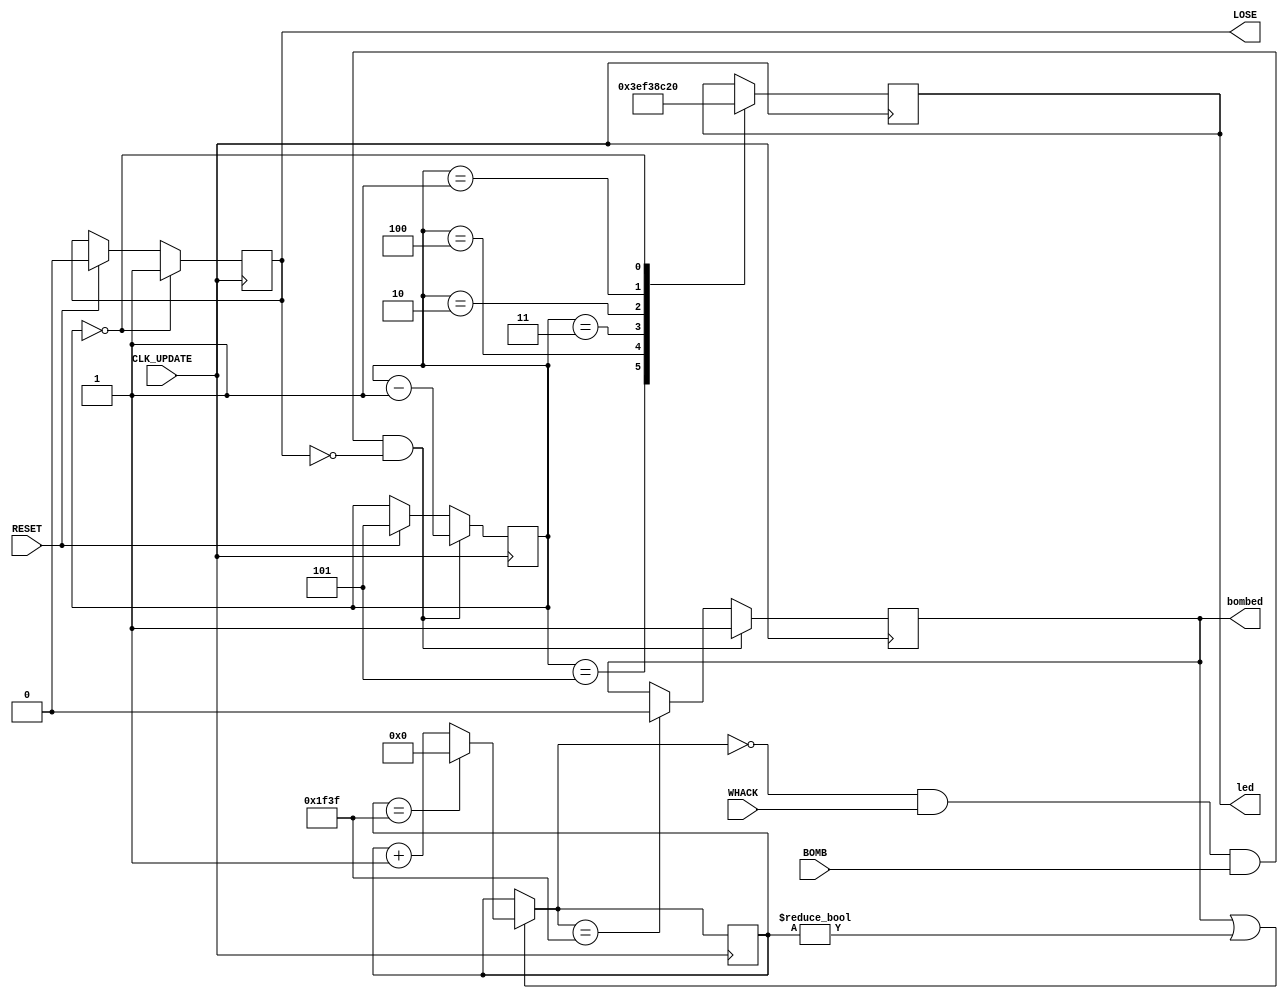
`timescale 1ns / 1ps

module lives(
    input CLK_UPDATE,
    input WHACK,
    input BOMB,
    input RESET,
    
    output reg [4:0] led = 5'b11111, // start with 5 lives
    output reg LOSE = 0,
    output reg bombed = 0
    );
    
    // TAKE LIVES
    reg [2:0] lives = 5;
    reg [15:0] timer = 0;
    always @ (posedge CLK_UPDATE)
    begin
        if(RESET)
        begin
            lives <= 5;
            LOSE <= 0;
        end
        if(lives == 0)
            LOSE <= 1; 
        if(bombed || timer != 0)
            timer = (timer == 7999) ? 0 :timer + 1;
        if(timer == 0 && WHACK && BOMB && !LOSE)
            begin
            lives <= lives - 1;
            bombed <= 1;   
            end
         else if( timer ==7999)
            bombed <= 0;
     end
    
    // RESET LIVES
//    always @ (posedge RESET) begin
//        lives = 5;
//    end
    
    // DISPLAY LIVES AS LED
    always @ (posedge CLK_UPDATE) begin
        case (lives)
            5: led = 5'b11111;
            4: led = 5'b01111;
            3: led = 5'b00111;
            2: led = 5'b00011;
            1: led = 5'b00001;
            0: led = 5'b00000;
        endcase
    end
    
endmodule